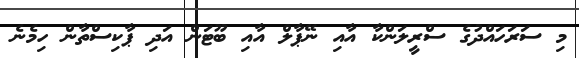
މި ސަރަހައްދުގެ ސްރީލަންކާ އާއި ނޭޕާލް އާއި ބޫޓަން އަދި ޕާކިސްތާން ހިމެނެ